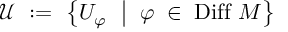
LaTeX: { \mathcal U } \ : = \ \left\{ U _ { \varphi } \ \bigm | \ \varphi \; \in \; \mathrm { D i f f } \ M \right\}